Annual report on the Civil Veterinary Department, Burma (including the Insein Veterinary School) - 1932-1941
Year: 1932
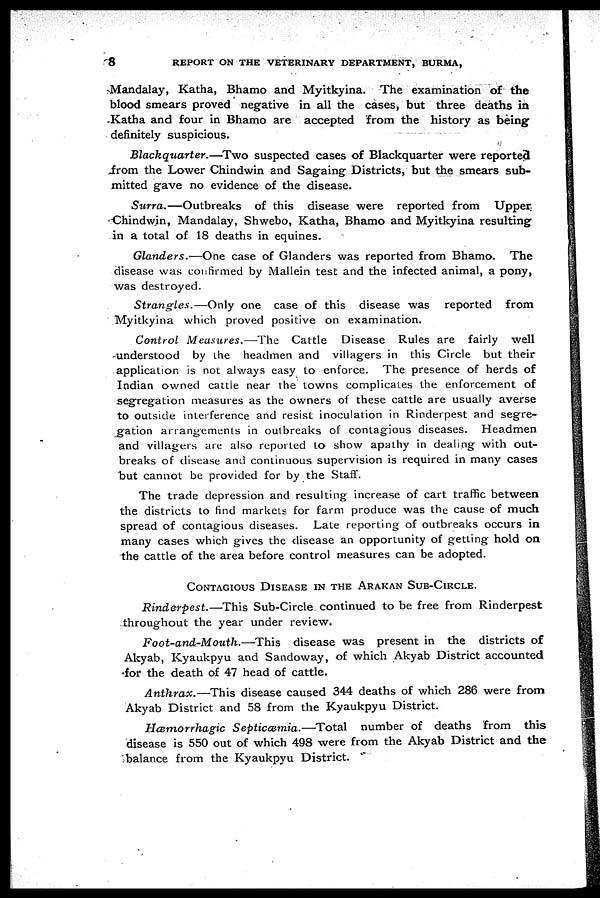
8
REPORT ON THE VETERINARY DEPARTMENT, BURMA,
Mandalay, Katha, Bhamo and Myitkyina. The examination of the
blood smears proved negative in all the cases, but three deaths in
Katha and four in Bhamo are accepted from the history as being
definitely suspicious.
Blackquarter.—Two
suspected cases of Blackquarter were reported
from the Lower Chindwin and Sagaing Districts, but the smears sub-
mitted gave no evidence of the disease.
Surra.—Outbreaks
of this disease were reported from
Upper
Chindw in, Mandalay, Shwebo, Katha, Bhamo and Myitkyina resulting
in a total of 18 deaths in equines.
Glanders.—One
case of Glanders was reported from Bhamo. The
disease was confirmed by Mallein test and the infected animal, a pony,
was destroyed.
Strangles.—Only
one case of this disease was reported
from
Myitkyina which proved positive on examination.
Control Measures.—The
Cattle Disease Rules are fairly well
understood by the headmen and villagers in this Circle but their
application is not always easy to enforce. The presence of herds of
Indian owned cattle near the towns complicates the enforcement of
segregation measures as the owners of these cattle are usually averse
to outside interference and resist inoculation in Rinderpest and segre-
gation arrangements in outbreaks of contagious diseases. Headmen
and villagers are also reported to show apathy in dealing with out-
breaks of disease and continuous supervision is required in many cases
but cannot be provided for by the Staff.
The trade depression and resulting increase of cart traffic between
the districts to find markets for farm produce was the cause of much
spread of contagious diseases. Late reporting of outbreaks occurs in
many cases which gives the disease an opportunity of getting hold on
the cattle of the area before control measures can be adopted.
CONTAGIOUS DISEASE IN THE ARAKAN SUB-CIRCLE.
Rinderpest.—This
Sub-Circle continued to be free from Rinderpest
throughout the year under review.
Foot-and-Mouth.—This
disease was present in the districts of
Akyab, Kyaukpyu and Sandoway, of which Akyab District accounted
for the death of 47 head of cattle.
Anthrax.—This
disease caused 344 deaths of which 286 were from
Akyab District and 58 from the Kyaukpyu District.
Hæmorrhagic
Septicæmia.—Total
number of deaths from this
disease is 550 out of which 498 were from the Akyab District and the
balance from the Kyaukpyu District.